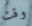
وقت